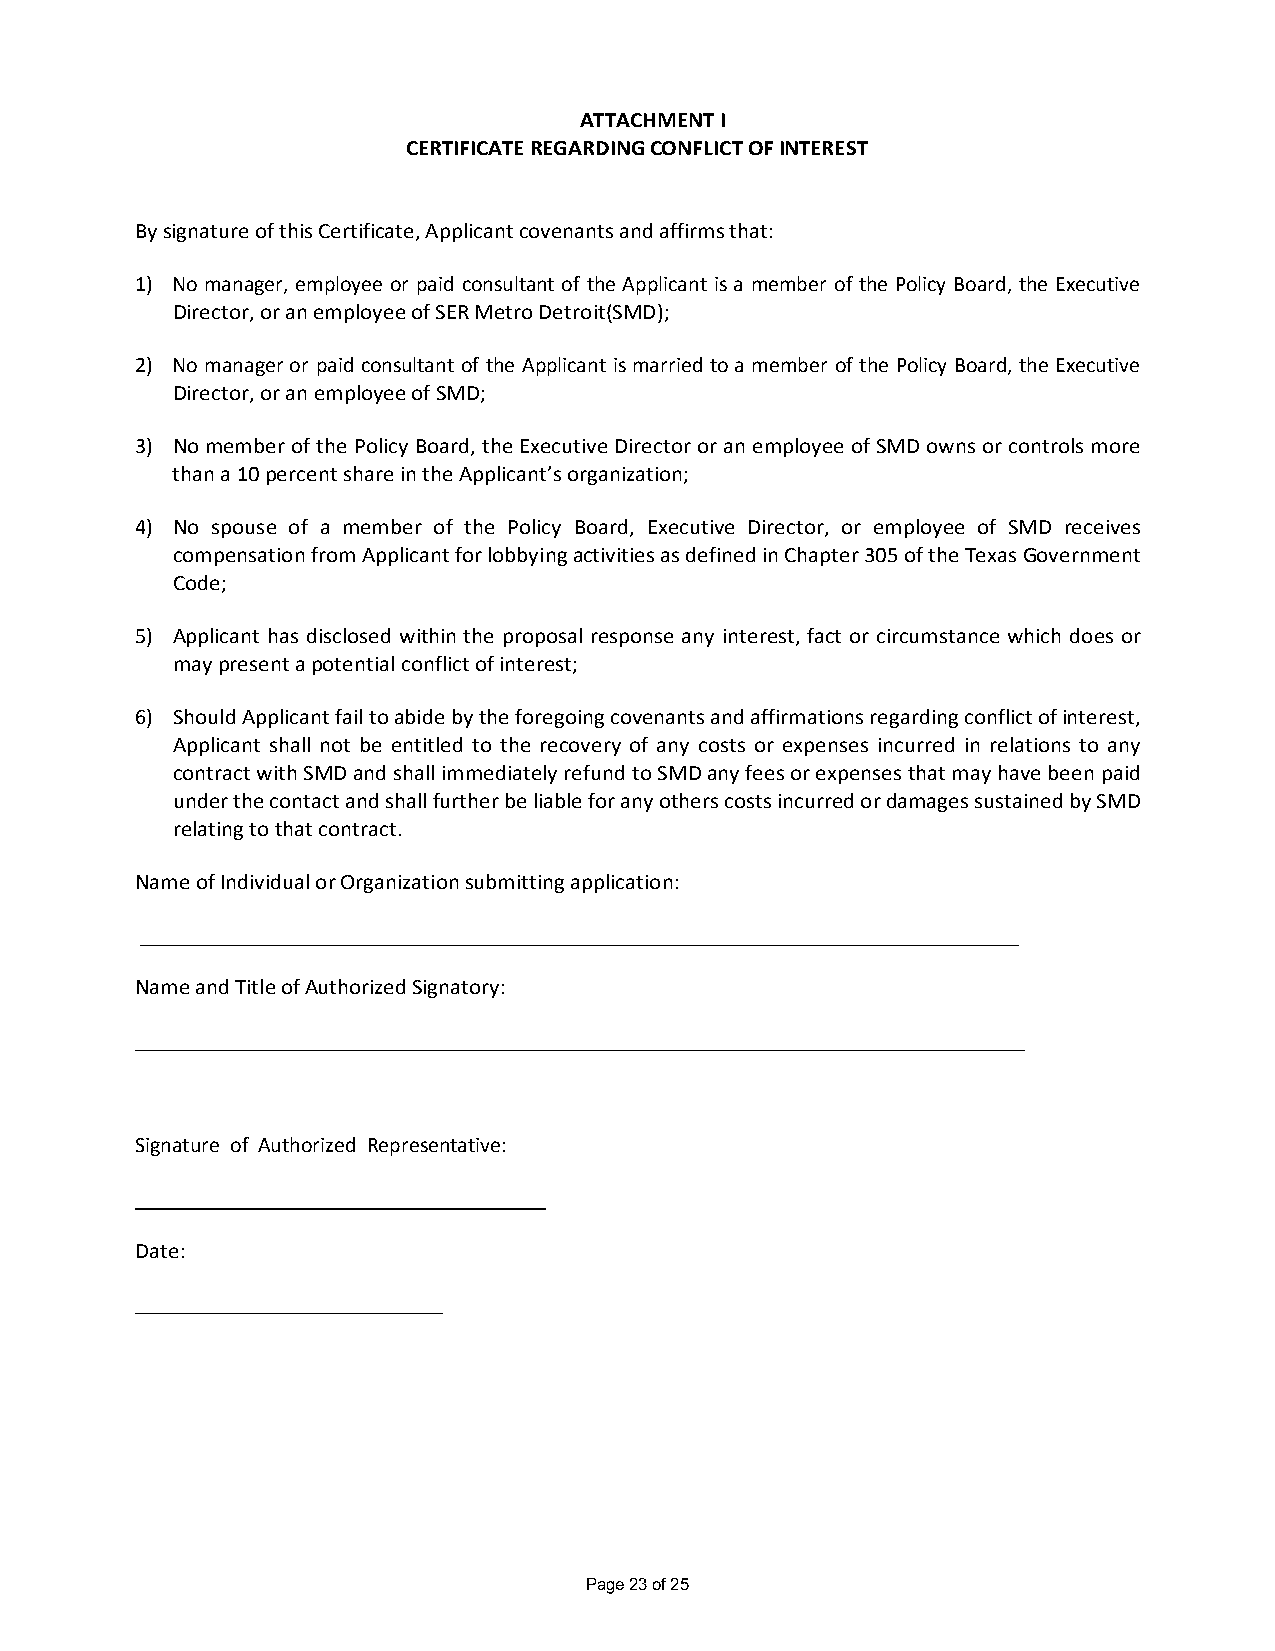
ATTACHMENT I
 CERTIFICATE REGARDING CONFLICT OF INTEREST
 By signature of this Certificate, Applicant covenants and affirms that:
 1) No manager, employee or paid consultant of the Applicant is a member of the Policy Board, the Executive
 Director, or an employee of SER Metro Detroit(SMD);
 2) No manager or paid consultant of the Applicant is married to a member of the Policy Board, the Executive
 Director, or an employee of SMD;
 3) No member of the Policy Board, the Executive Director or an employee of SMD owns or controls more
 than a 10 percent share in the Applicant’s organization;
 4) No spouse of a member of the Policy Board, Executive Director, or employee of SMD receives
 compensation from Applicant for lobbying activities as defined in Chapter 305 of the Texas Government
 Code;
 5) Applicant has disclosed within the proposal response any interest, fact or circumstance which does or
 may present a potential conflict of interest;
 6) Should Applicant fail to abide by the foregoing covenants and affirmations regarding conflict of interest,
 Applicant shall not be entitled to the recovery of any costs or expenses incurred in relations to any
 contract with SMD and shall immediately refund to SMD any fees or expenses that may have been paid
 under the contact and shall further be liable for any others costs incurred or damages sustained by SMD
 relating to that contract.
 Name of Individual or Organization submitting application:
 Name and Title of Authorized Signatory:
 Signature of Authorized Representative:
 Date:
 Page 23 of 25